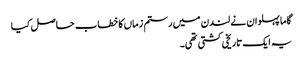
گاما پہلوان نے لندن میں رستم زماں کا خطاب حاصل کیا
یہ ایک تاریخی کشتی تھی۔